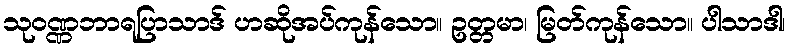
သုဝဏ္ဏဘာရပြာသာဒ် ဟဆိုအပ်ကုန်သော။ ဥတ္တမာ၊ မြတ်ကုန်သော။ ပါသာဒါ၊